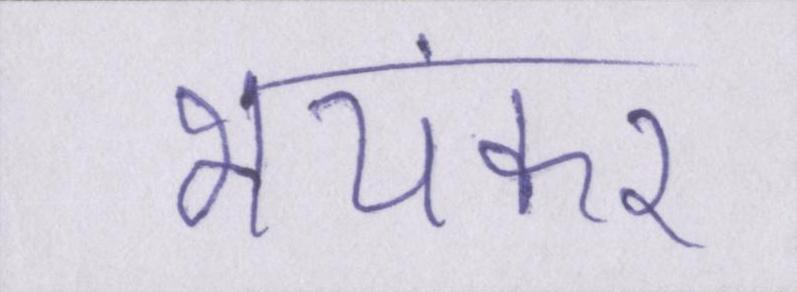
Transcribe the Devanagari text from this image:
भयंकर